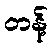
တန့်